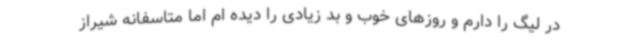
در لیگ را دارم و روزهای خوب و بد زیادی را دیده ام اما متاسفانه شیراز